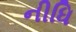
નીધિ